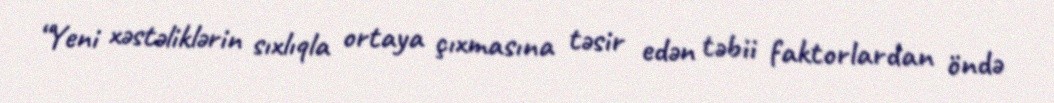
“Yeni xəstəliklərin sıxlıqla ortaya çıxmasına təsir edən təbii faktorlardan öndə